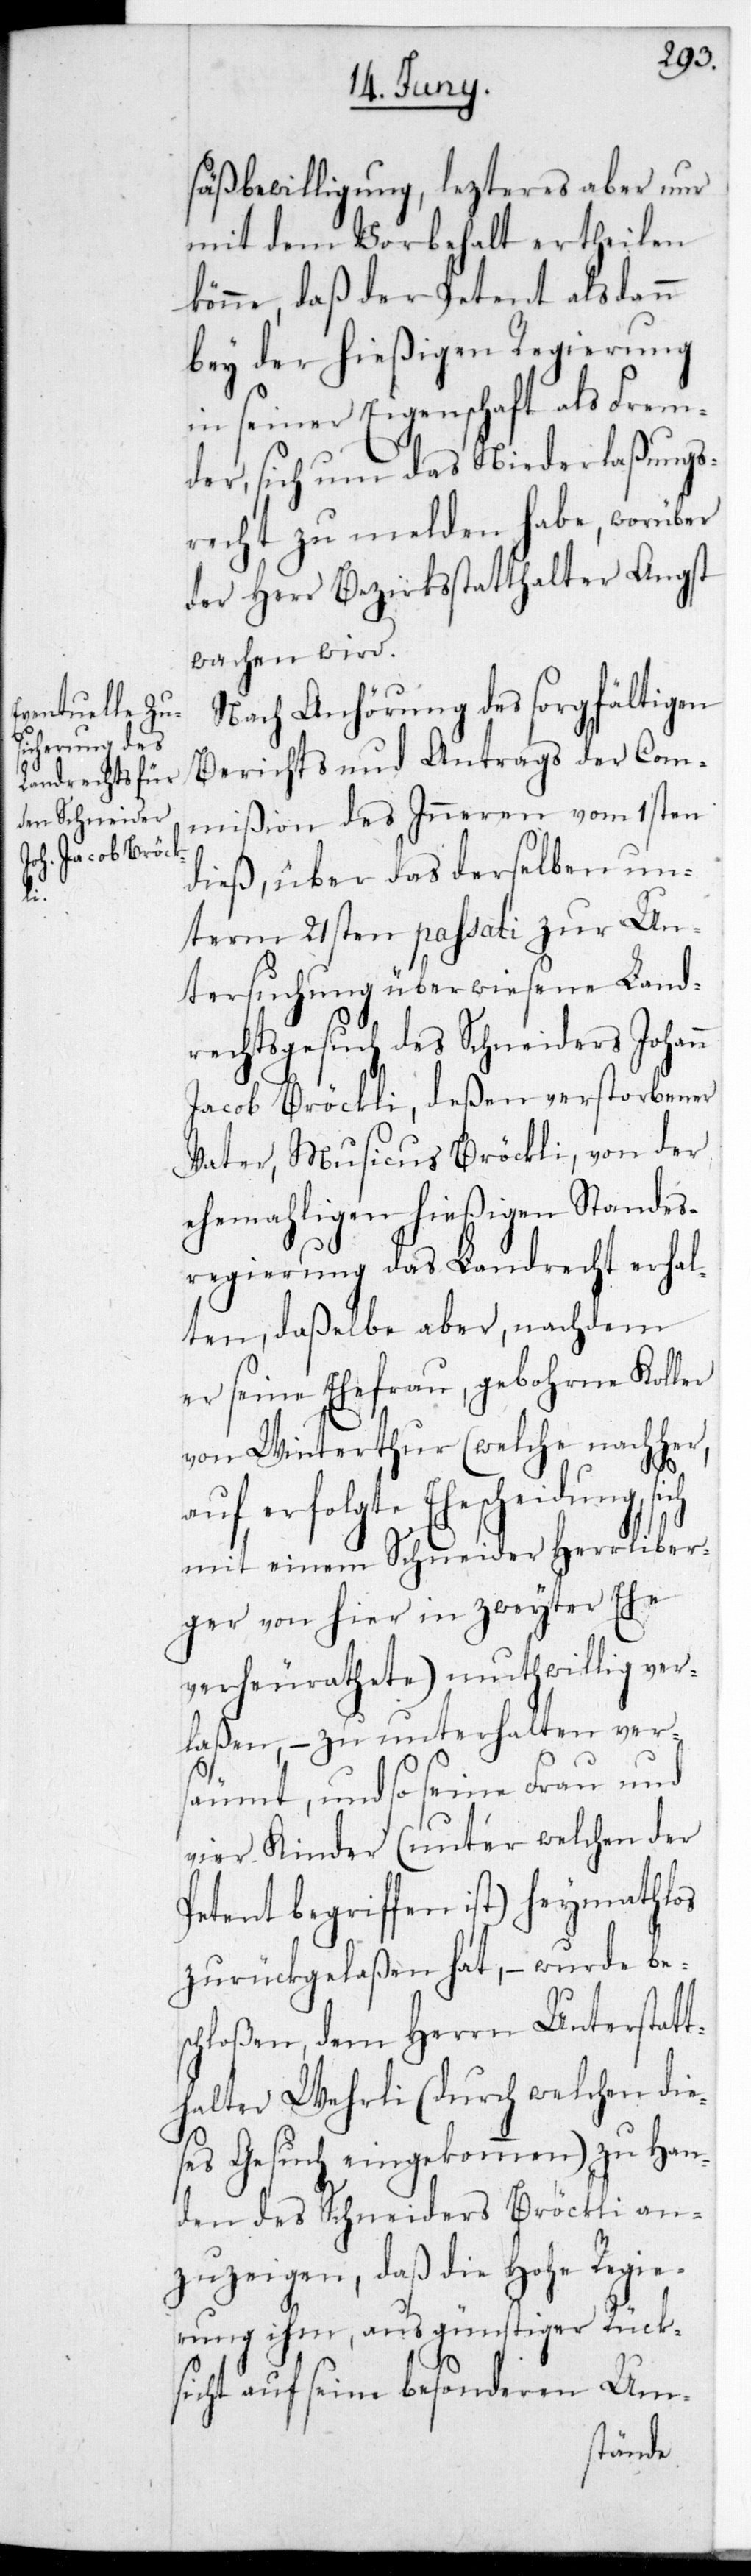
säßbewilligung, lezteres aber nur
mit dem Vorbehalt ertheilen
könne, daß der Petent alsdann
bey der hießigen Regierung
in seiner Eigenschaft als Frem¬
der, sich um das Niederlaßungs¬
recht zu melden habe, worüber
der Herr Bezirksstatthalter Angst
wachen wird.
Nach Anhörung des sorgfältigen
Berichts und Antrags der Com¬
mißion des Inneren vom 1sten
dieß, über das derselben un¬
term 21sten passati zur Un¬
tersuchung überwiesene Land¬
rechtsgesuch des Schneiders Johann
Jacob Bröckli, deßen verstorbener
Vater, Musicus Bröckli von der
ehemaligen hießigen Standes¬
regierung das Landrecht erhal¬
ten, daßelbe aber, nachdem
er seine Ehefrau, gebohrne Koller
von Winterthur, (welche nachher,
auf erfolgte Ehescheidung sich
mit einem Schneider Herrliber¬
ger von hier in zweyter Ehe
verheurathete) muthwillig ver¬
laßen, – zu unterhalten ver¬
säumt, und so seine Frau und
vier Kinder (unter welchen der
Petent begriffen ist) heymathlos
zurückgelaßen hat, – wurde bes¬
chloßen, dem Herrn Unterstatt¬
halter Wehrli (durch welchen die¬
ses Gesuch eingekommen) zu Han¬
den des Schneiders Bröckli an¬
zuzeigen, daß die Hohe Regie¬
rung ihm, aus günstiger Rück¬
sicht auf seine besonderen Um-